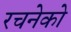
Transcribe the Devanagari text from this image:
रचनेको